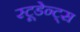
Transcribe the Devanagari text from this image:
स्टूडेन्ट्स